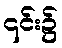
၎င်း၌